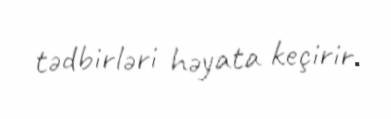
tədbirləri həyata keçirir.